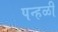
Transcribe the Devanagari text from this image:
पन्हळी